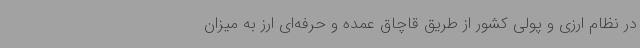
در نظام ارزی و پولی کشور از طریق قاچاق عمده و حرفه‌ای ارز به میزان